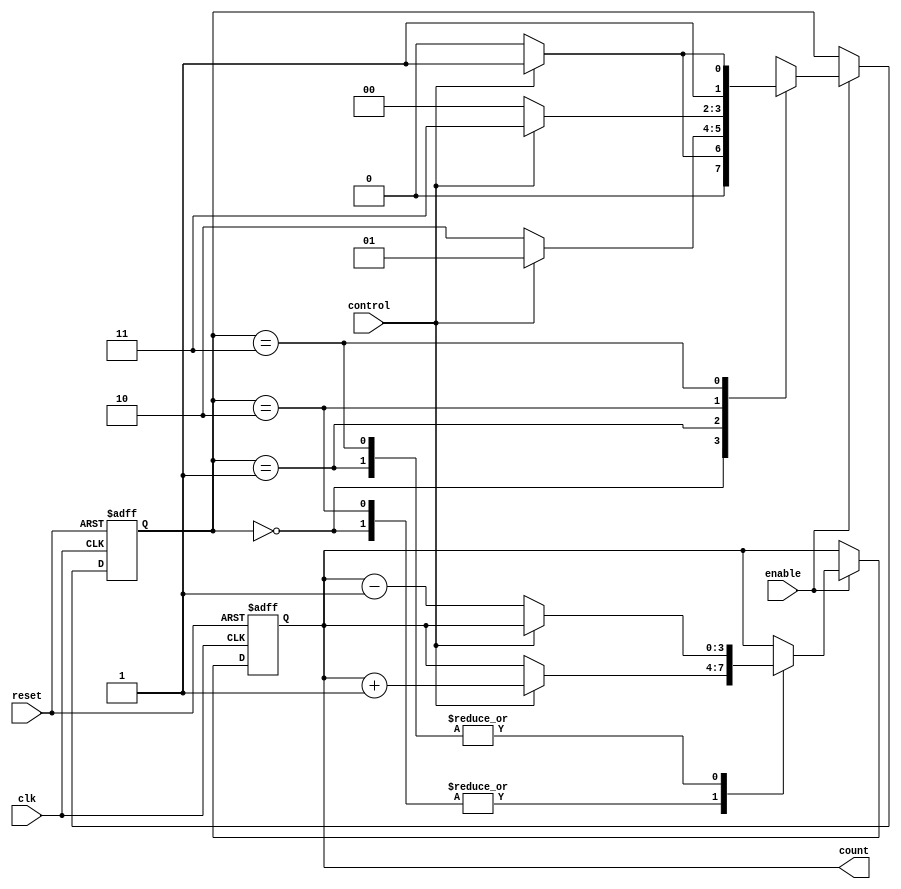
module gray_counter (
    input wire clk,       // Clock signal
    input wire reset,     // Reset signal
    input wire enable,    // Enable signal
    input wire control,   // Control signal to determine counting direction
    output reg [3:0] count // Output count value in Gray code
);

reg [1:0] state; // State variable to determine counting direction

always @ (posedge clk or posedge reset) begin
    if (reset) begin
        state <= 2'b00; // Initialize state to count up
        count <= 4'b0000; // Initialize count to 0
    end else if (enable) begin
        case(state)
            2'b00: begin // Count up
                if (control) begin
                    count <= count + 1;
                end
                state <= control ? 2'b01 : 2'b00;
            end
            2'b01: begin // Count down
                if (!control) begin
                    count <= count - 1;
                end
                state <= control ? 2'b01 : 2'b10;
            end
            2'b10: begin // Count up
                if (control) begin
                    count <= count + 1;
                end
                state <= control ? 2'b11 : 2'b00;
            end
            2'b11: begin // Count down
                if (!control) begin
                    count <= count - 1;
                end
                state <= control ? 2'b11 : 2'b10;
            end
        endcase
    end
end

endmodule